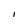
Character: I